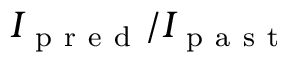
I _ { \mathrm { ~ p ~ r ~ e ~ d ~ } } / I _ { \mathrm { ~ p ~ a ~ s ~ t ~ } }